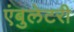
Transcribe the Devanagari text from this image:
एंबुलेटरी